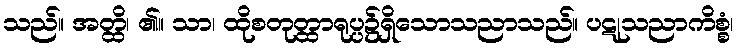
သည်။ အတ္ထိ၊ ၏။ သာ၊ ထိုစတုတ္ထာရုပ္ပ၌ရှိသောသညာသည်။ ပဋုသညာကိစ္စံ၊